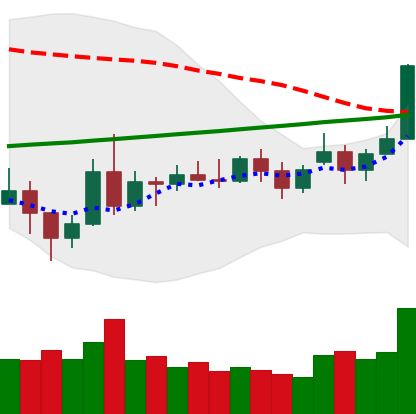
Ticker: NEO-USD
Chart end date: 2020-11-21
Forward return: -5.957%
Label: down_5_7